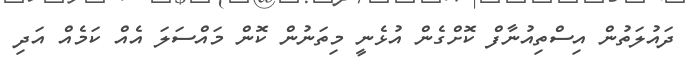
ދައުލަތުން އިސްތިއުނާފް ކޮށްގެން އުޅެނީ މިތަނުން ކޮން މައްސަލަ އެއް ކަމެއް އަދި